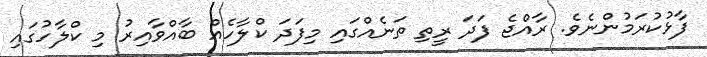
ފާޅުކުރަމުންނެވެ. ރާއްޖެ ފަދަ ރީތި ތަނެއްގައި މިފަދަ ކްލާހެއް ބާއްވާއިރު މި ކްލާހުގައި